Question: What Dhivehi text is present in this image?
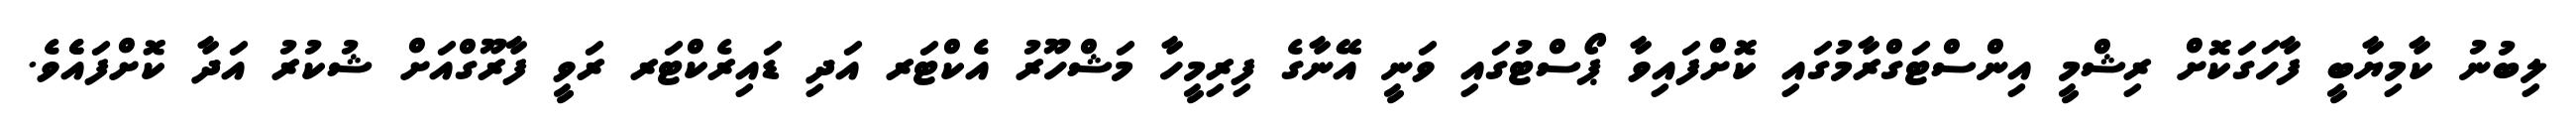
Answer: ލިބުނު ކާމިޔާބީ ފާހަގަކޮށް ރިޝްމީ އިންސްޓަގްރާމުގައި ކޮށްފައިވާ ޕޯސްޓުގައި ވަނީ އޭނާގެ ފިރިމީހާ މަޝްހޫރު އެކްޓަރ އަދި ޑައިރެކްޓަރ ރަވީ ފާރޫގްއަށް ޝުކުރު އަދާ ކޮށްފައެެވެ.